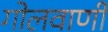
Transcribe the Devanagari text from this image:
गोलवाणी